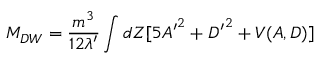
M _ { D W } = { \frac { m ^ { 3 } } { 1 2 \lambda ^ { \prime } } } \int d Z [ 5 { A ^ { \prime } } ^ { 2 } + { D ^ { \prime } } ^ { 2 } + V ( A , D ) ]